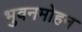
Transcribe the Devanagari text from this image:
भुवनमोहन